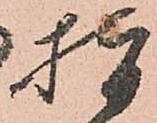
指